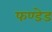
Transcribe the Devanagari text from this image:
फण्डेड